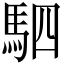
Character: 駟